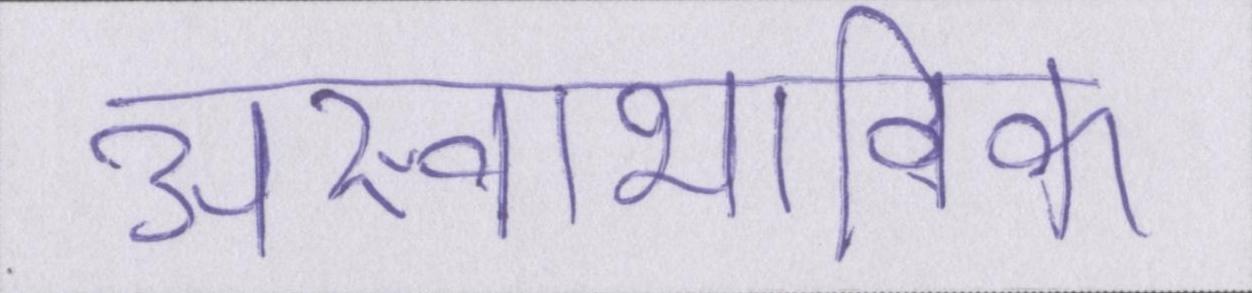
अस्वाभाविक